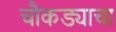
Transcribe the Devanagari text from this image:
चौकड्याचा